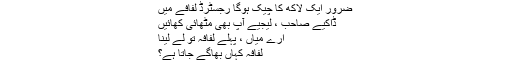
ضرور ایک لاکھ کا چیک ہوگا رجسٹرڈ لفافے میں
ڈاکیے صاحب ، لیجیے آپ بھی مٹھائی کھائیں
ارے میاں ، پہلے لفافہ تو لے لینا
لفافہ کہاں بھاگے جاتا ہے؟